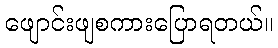
ဖျောင်းဖျစကားပြောရတယ်။